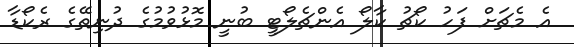
އެ މެޗަށް ފަހު ކޯޗު ކާލޯ އެންޗެލޯޓީ ބުނީ މޮޅުވުމުގެ ދުނިތޭގެ ރެކޯޑާ